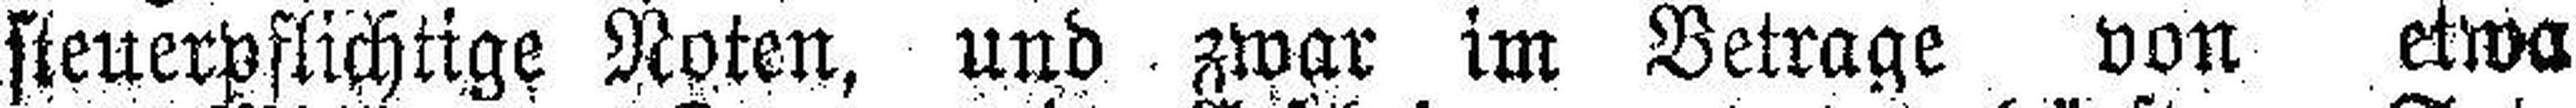
steuerpflichtige Noten, und zwar im Betrage von etwa